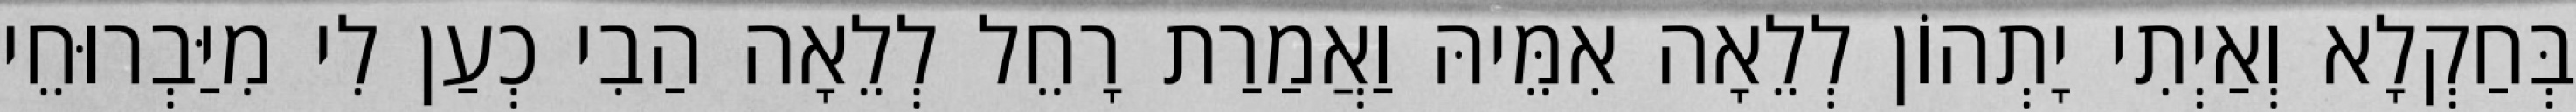
בְּחַקְלָא וְאַיְתִי יָתְהוֹן לְלֵאָה אִמֵּיהּ וַאֲמַרַת רָחֵל לְלֵאָה הַבִי כְעַן לִי מִיַּבְרוּחֵי